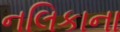
નલિકાના